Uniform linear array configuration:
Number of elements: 4
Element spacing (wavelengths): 0.5
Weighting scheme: hamming
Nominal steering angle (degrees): -60
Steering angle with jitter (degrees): -61.087
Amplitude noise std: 0.05
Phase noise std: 0.05

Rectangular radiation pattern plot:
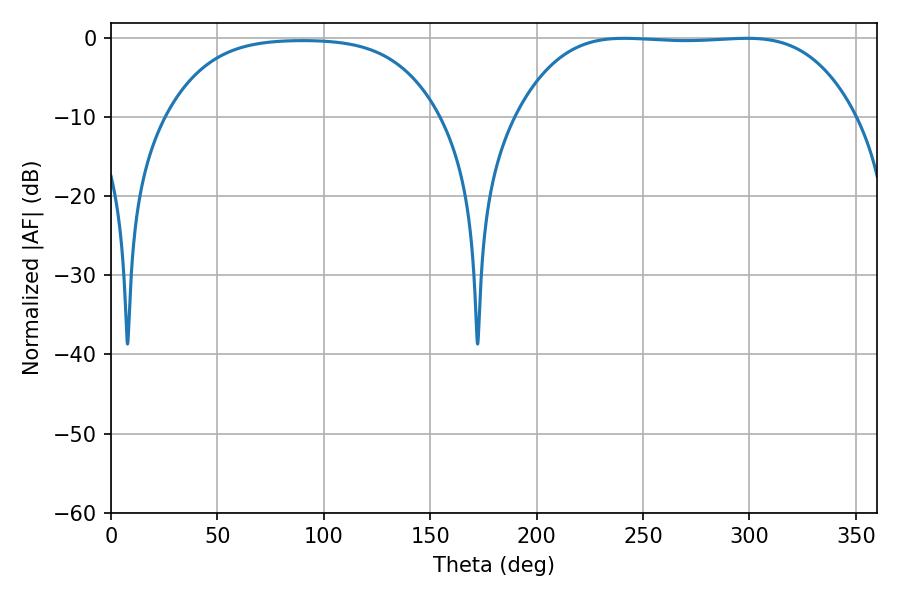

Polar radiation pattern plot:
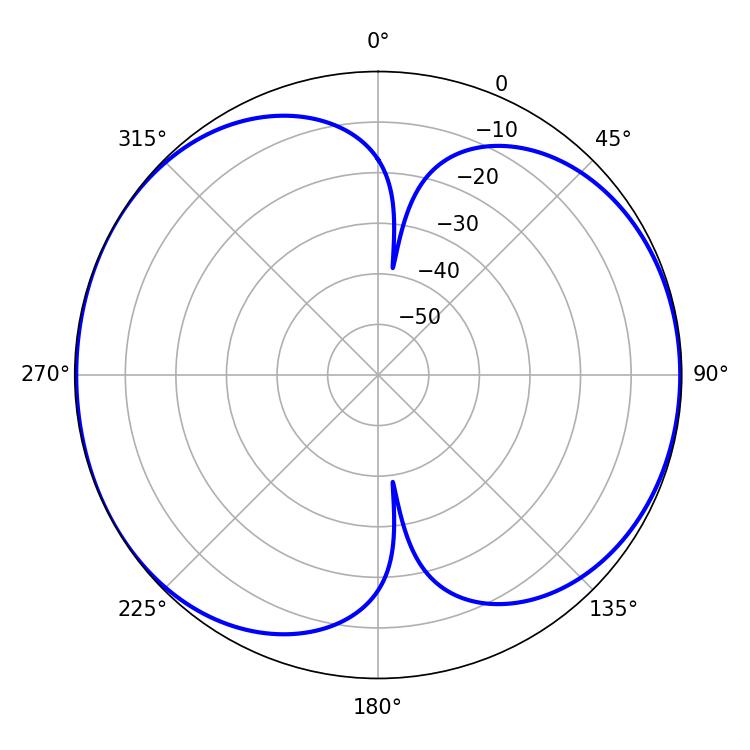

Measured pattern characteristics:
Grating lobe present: FALSE
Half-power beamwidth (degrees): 122.76
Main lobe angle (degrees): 241.2